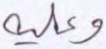
وعليه